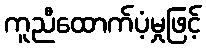
ကူညီထောက်ပံ့မှုဖြင့်